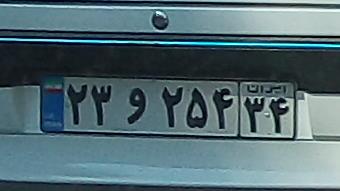
۲۳و۲۵۴۳۴